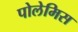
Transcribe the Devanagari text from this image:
पोलेमिस